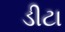
ડીટા